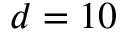
d = 1 0